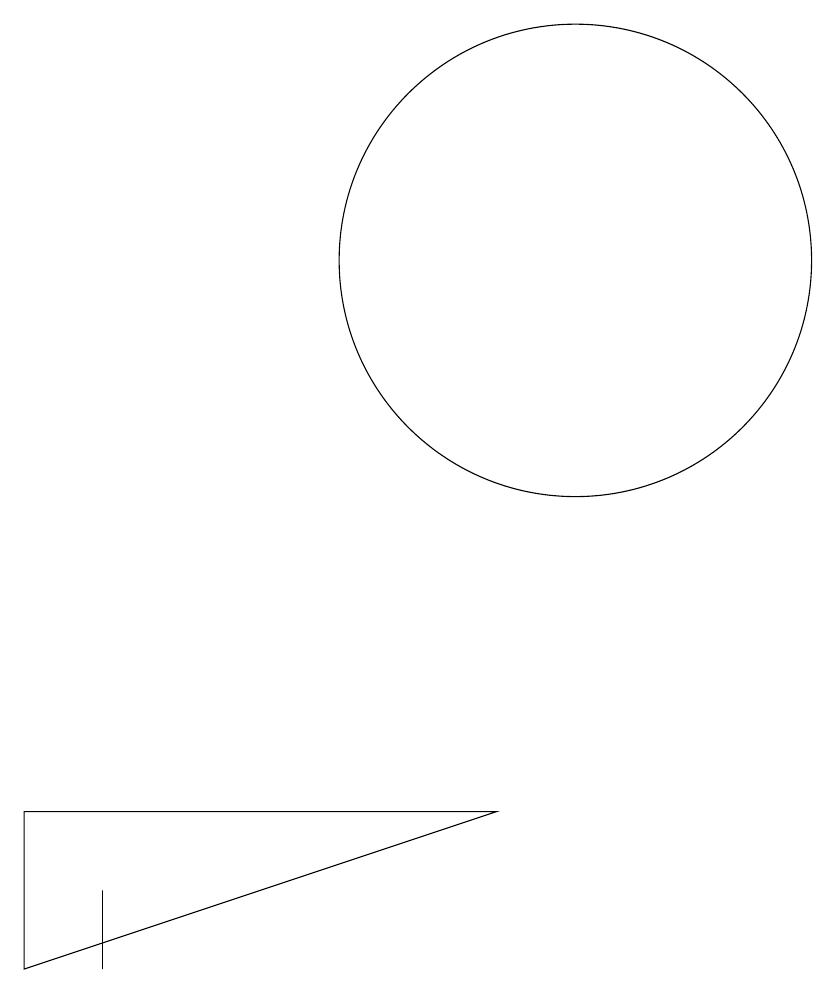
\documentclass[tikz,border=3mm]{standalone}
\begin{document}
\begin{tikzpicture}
\draw (4,2) -- (4,3) -- (4,2) -- cycle;
\draw (3,2) -- (9,4) -- (3,4) -- cycle;
\draw (10,11) circle (3);
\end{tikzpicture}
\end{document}